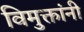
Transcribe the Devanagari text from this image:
विमुक्तांनी